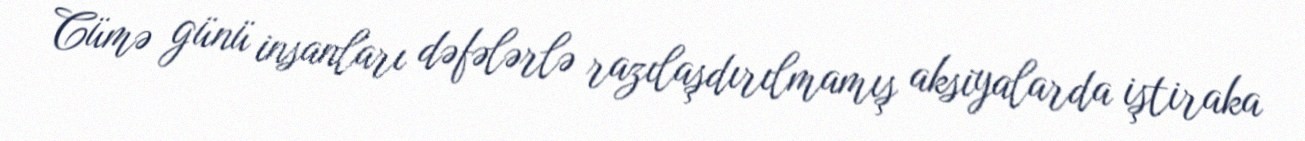
Cümə günü insanları dəfələrlə razılaşdırılmamış aksiyalarda iştiraka